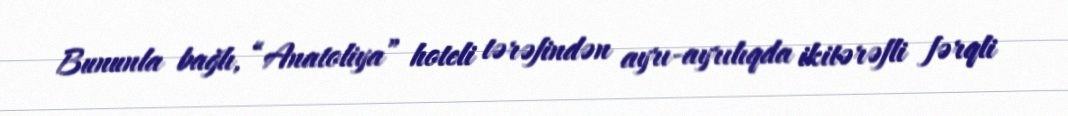
Bununla bağlı, “Anatoliya” hoteli tərəfindən ayrı-ayrılıqda ikitərəfli fərqli